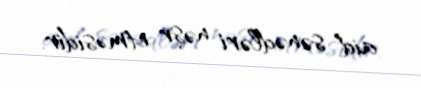
aid sənədləri nəşr etməsidir.